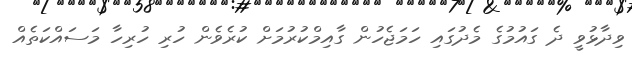
ވިދާޅުވީ ދެ ގައުމުގެ މެދުގައި ހަމަޖެހުން ގާއިމްކުރުމަށް ކުރެވެން ހުރި ހުރިހާ މަސައްކަތެއް